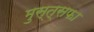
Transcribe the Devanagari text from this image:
मुस्त्सफा